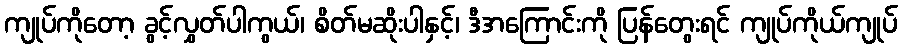
ကျုပ်ကိုတော့ ခွင့်လွှတ်ပါကွယ်၊ စိတ်မဆိုးပါနှင့်၊ ဒီအကြောင်းကို ပြန်တွေးရင် ကျုပ်ကိုယ်ကျုပ်